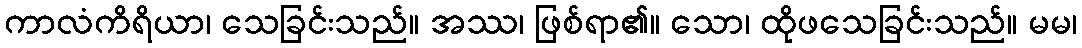
ကာလံကိရိယာ၊ သေခြင်းသည်။ အဿ၊ ဖြစ်ရာ၏။ သော၊ ထိုဖသေခြင်းသည်။ မမ၊